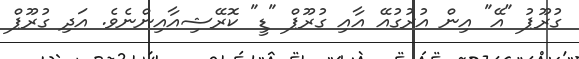
ގުރޫޕު "އޭ" އިން އުރުގުއޭ އާއި ގުރޫޕް "ޑީ" ކޮރޭޝިއާއިންނެވެ. އަދި ގުރޫޕް